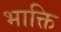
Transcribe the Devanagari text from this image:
भाक्ति